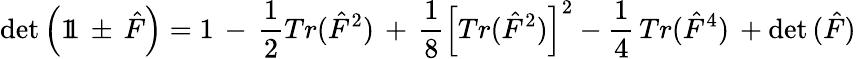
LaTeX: \mathrm{det}\left(1\! \! 1\, \pm\, \hat{F}\right)=1\, -\, \frac{1}{2}Tr(\hat{F}^{2})\, +\, \frac{1}{8}\left[Tr(\hat{F}^{2})\right]^{2}-\frac{1}{4}\, Tr(\hat{F}^{4})\, +\mathrm{det}\, (\hat{F})